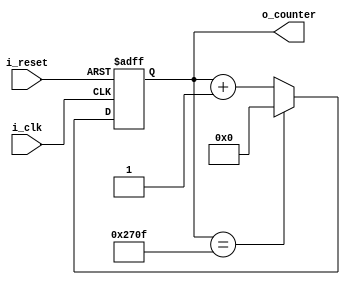
`timescale 1ns / 1ps

module Counter(
    input i_clk,
    input i_reset,

    output [13:0] o_counter
    );

    reg [13:0] r_counter = 0;

    assign o_counter = r_counter;

    always @(posedge i_clk or posedge i_reset) begin
        if(i_reset) begin
            r_counter <= 0;
        end
        else begin
            if(r_counter == 9999) begin
                r_counter <= 0;
            end
            else begin
                r_counter <= r_counter + 1;
            end
        end
    end
endmodule